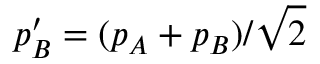
p _ { B } ^ { \prime } = ( p _ { A } + p _ { B } ) / \sqrt 2